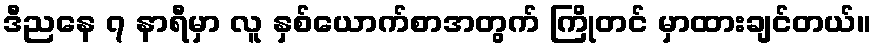
ဒီညနေ ၇ နာရီမှာ လူ နှစ်ယောက်စာအတွက် ကြိုတင် မှာထားချင်တယ်။